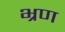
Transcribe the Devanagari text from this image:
भ्रण